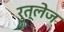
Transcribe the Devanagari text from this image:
रुत्लेज